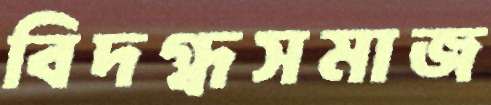
বিদগ্ধসমাজ